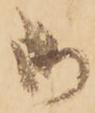
御